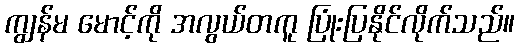
ကျွန်မ မောင့်ကို အလွယ်တကူ ပြုံးပြနိုင်လိုက်သည်။